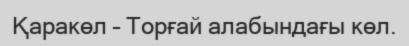
Қаракөл – Торғай алабындағы көл.